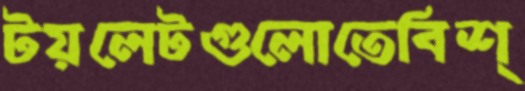
টয়লেটগুলোতেবিশ্